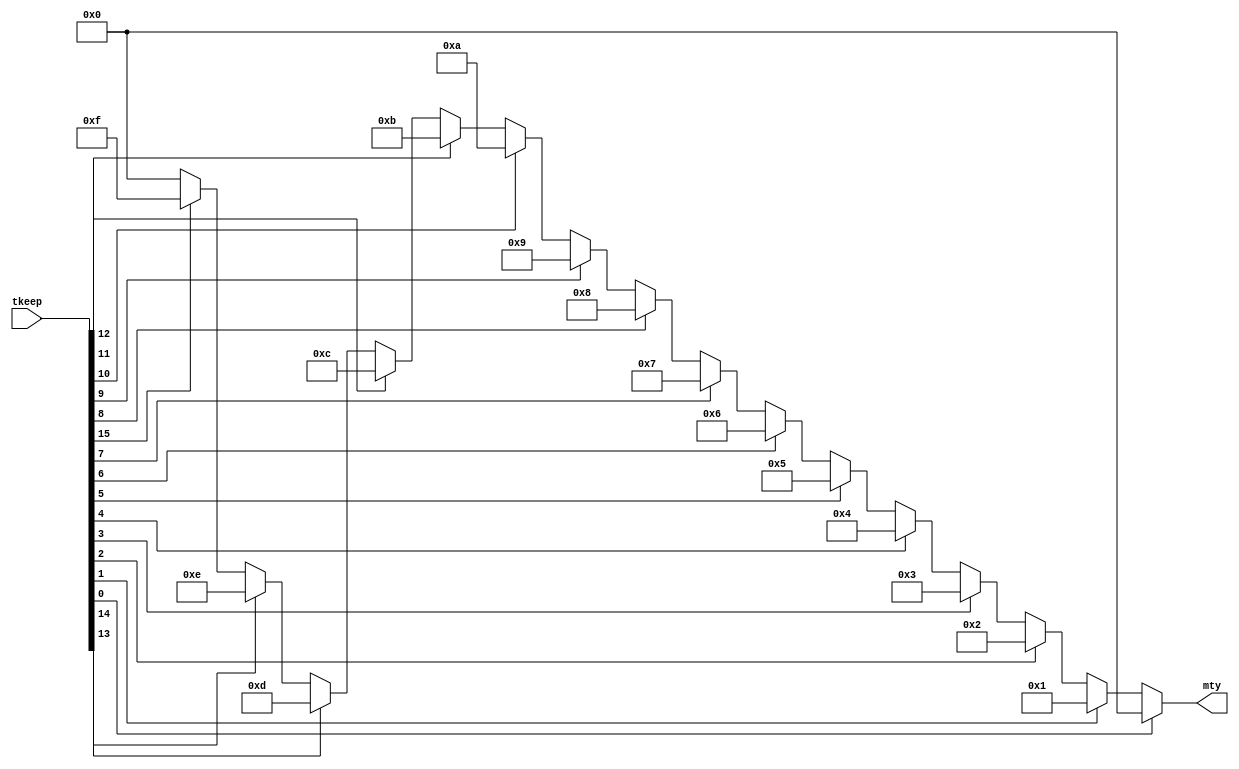
`timescale 1ps/1ps

module keep2mty (
	input wire [15:0] tkeep,
	output reg [3:0] mty
);
	always @ (*) begin
		if (tkeep[0]) begin
			mty = 4'd0;
		end
		else if (tkeep[1]) begin
			mty = 4'd1;
		end
		else if (tkeep[2]) begin
			mty = 4'd2;
		end
		else if (tkeep[3]) begin
			mty = 4'd3;
		end
		else if (tkeep[4]) begin
			mty = 4'd4;
		end
		else if (tkeep[5]) begin
			mty = 4'd5;
		end
		else if (tkeep[6]) begin
			mty = 4'd6;
		end
		else if (tkeep[7]) begin
			mty = 4'd7;
		end
		else if (tkeep[8]) begin
			mty = 4'd8;
		end
		else if (tkeep[9]) begin
			mty = 4'd9;
		end
		else if (tkeep[10]) begin
			mty = 4'd10;
		end
		else if (tkeep[11]) begin
			mty = 4'd11;
		end
		else if (tkeep[12]) begin
			mty = 4'd12;
		end
		else if (tkeep[13]) begin
			mty = 4'd13;
		end
		else if (tkeep[14]) begin
			mty = 4'd14;
		end
		else if (tkeep[15]) begin
			mty = 4'd15;
		end
		else begin
			mty = 4'd0;
		end
	end
endmodule